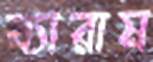
ব্যারাম